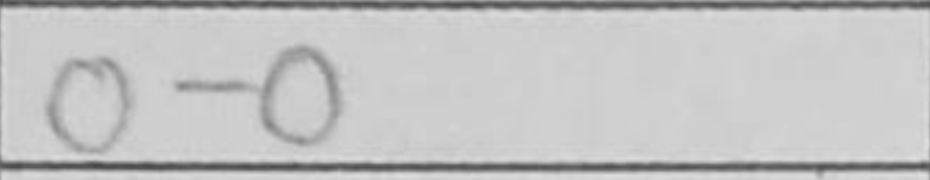
Transcription: O-O